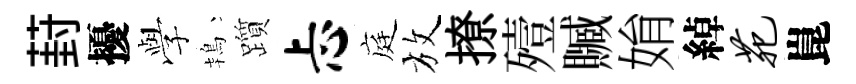
葑擾𫝯鴇躓忐庭放撩殪贓姢綽苑崑